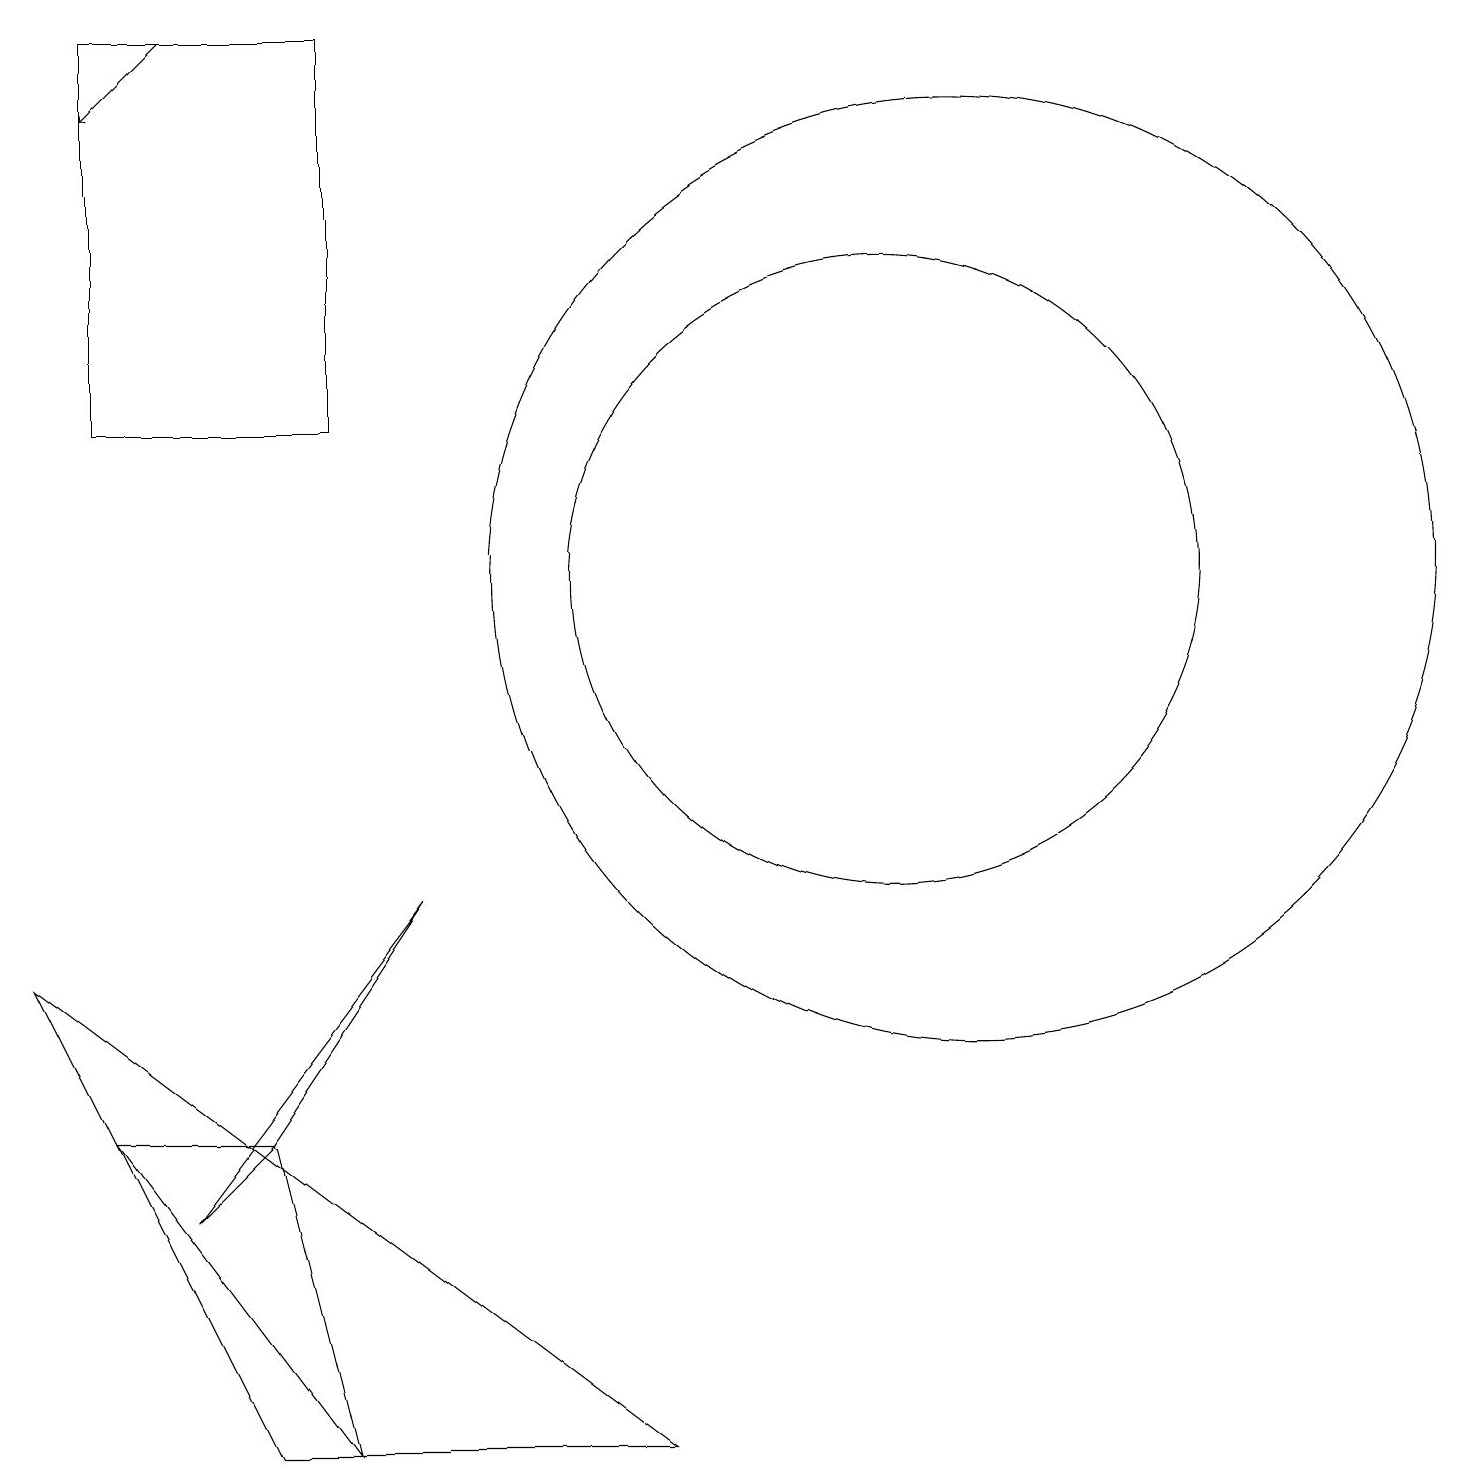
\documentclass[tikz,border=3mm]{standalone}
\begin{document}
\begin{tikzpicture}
\draw (3,0) -- (0,6) -- (8,0) -- cycle;
\draw[->] (2,18) -- (1,17);
\draw (11,11) circle (0);
\draw (12,11) circle (6);
\draw (11,11) circle (4);
\draw (3,4) -- (2,3) -- (5,7) -- cycle;
\draw (3,4) -- (1,4) -- (4,0) -- cycle;
\draw (4,18) rectangle (1,13);
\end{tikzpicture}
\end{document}